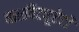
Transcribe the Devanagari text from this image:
बारबिट्यूरेटों